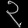
Digit: ၃